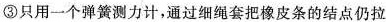
③ 只用一个弹簧测力计，通过细绳套把橡皮条的结点仍拉